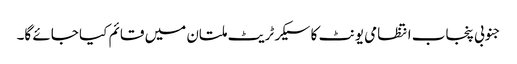
جنوبی پنجاب انتظامی یونٹ کا سیکرٹریٹ ملتان میں قائم کیا جائے گا۔